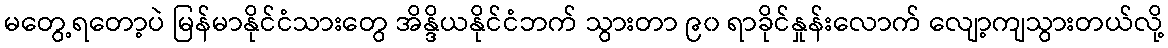
မတွေ့ရတော့ပဲ မြန်မာနိုင်ငံသားတွေ အိန္ဒိယနိုင်ငံဘက် သွားတာ ၉၀ ရာခိုင်နှုန်းလောက် လျော့ကျသွားတယ်လို့